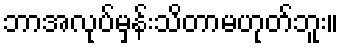
ဘာအလုပ်မှန်းသိတာမဟုတ်ဘူး။